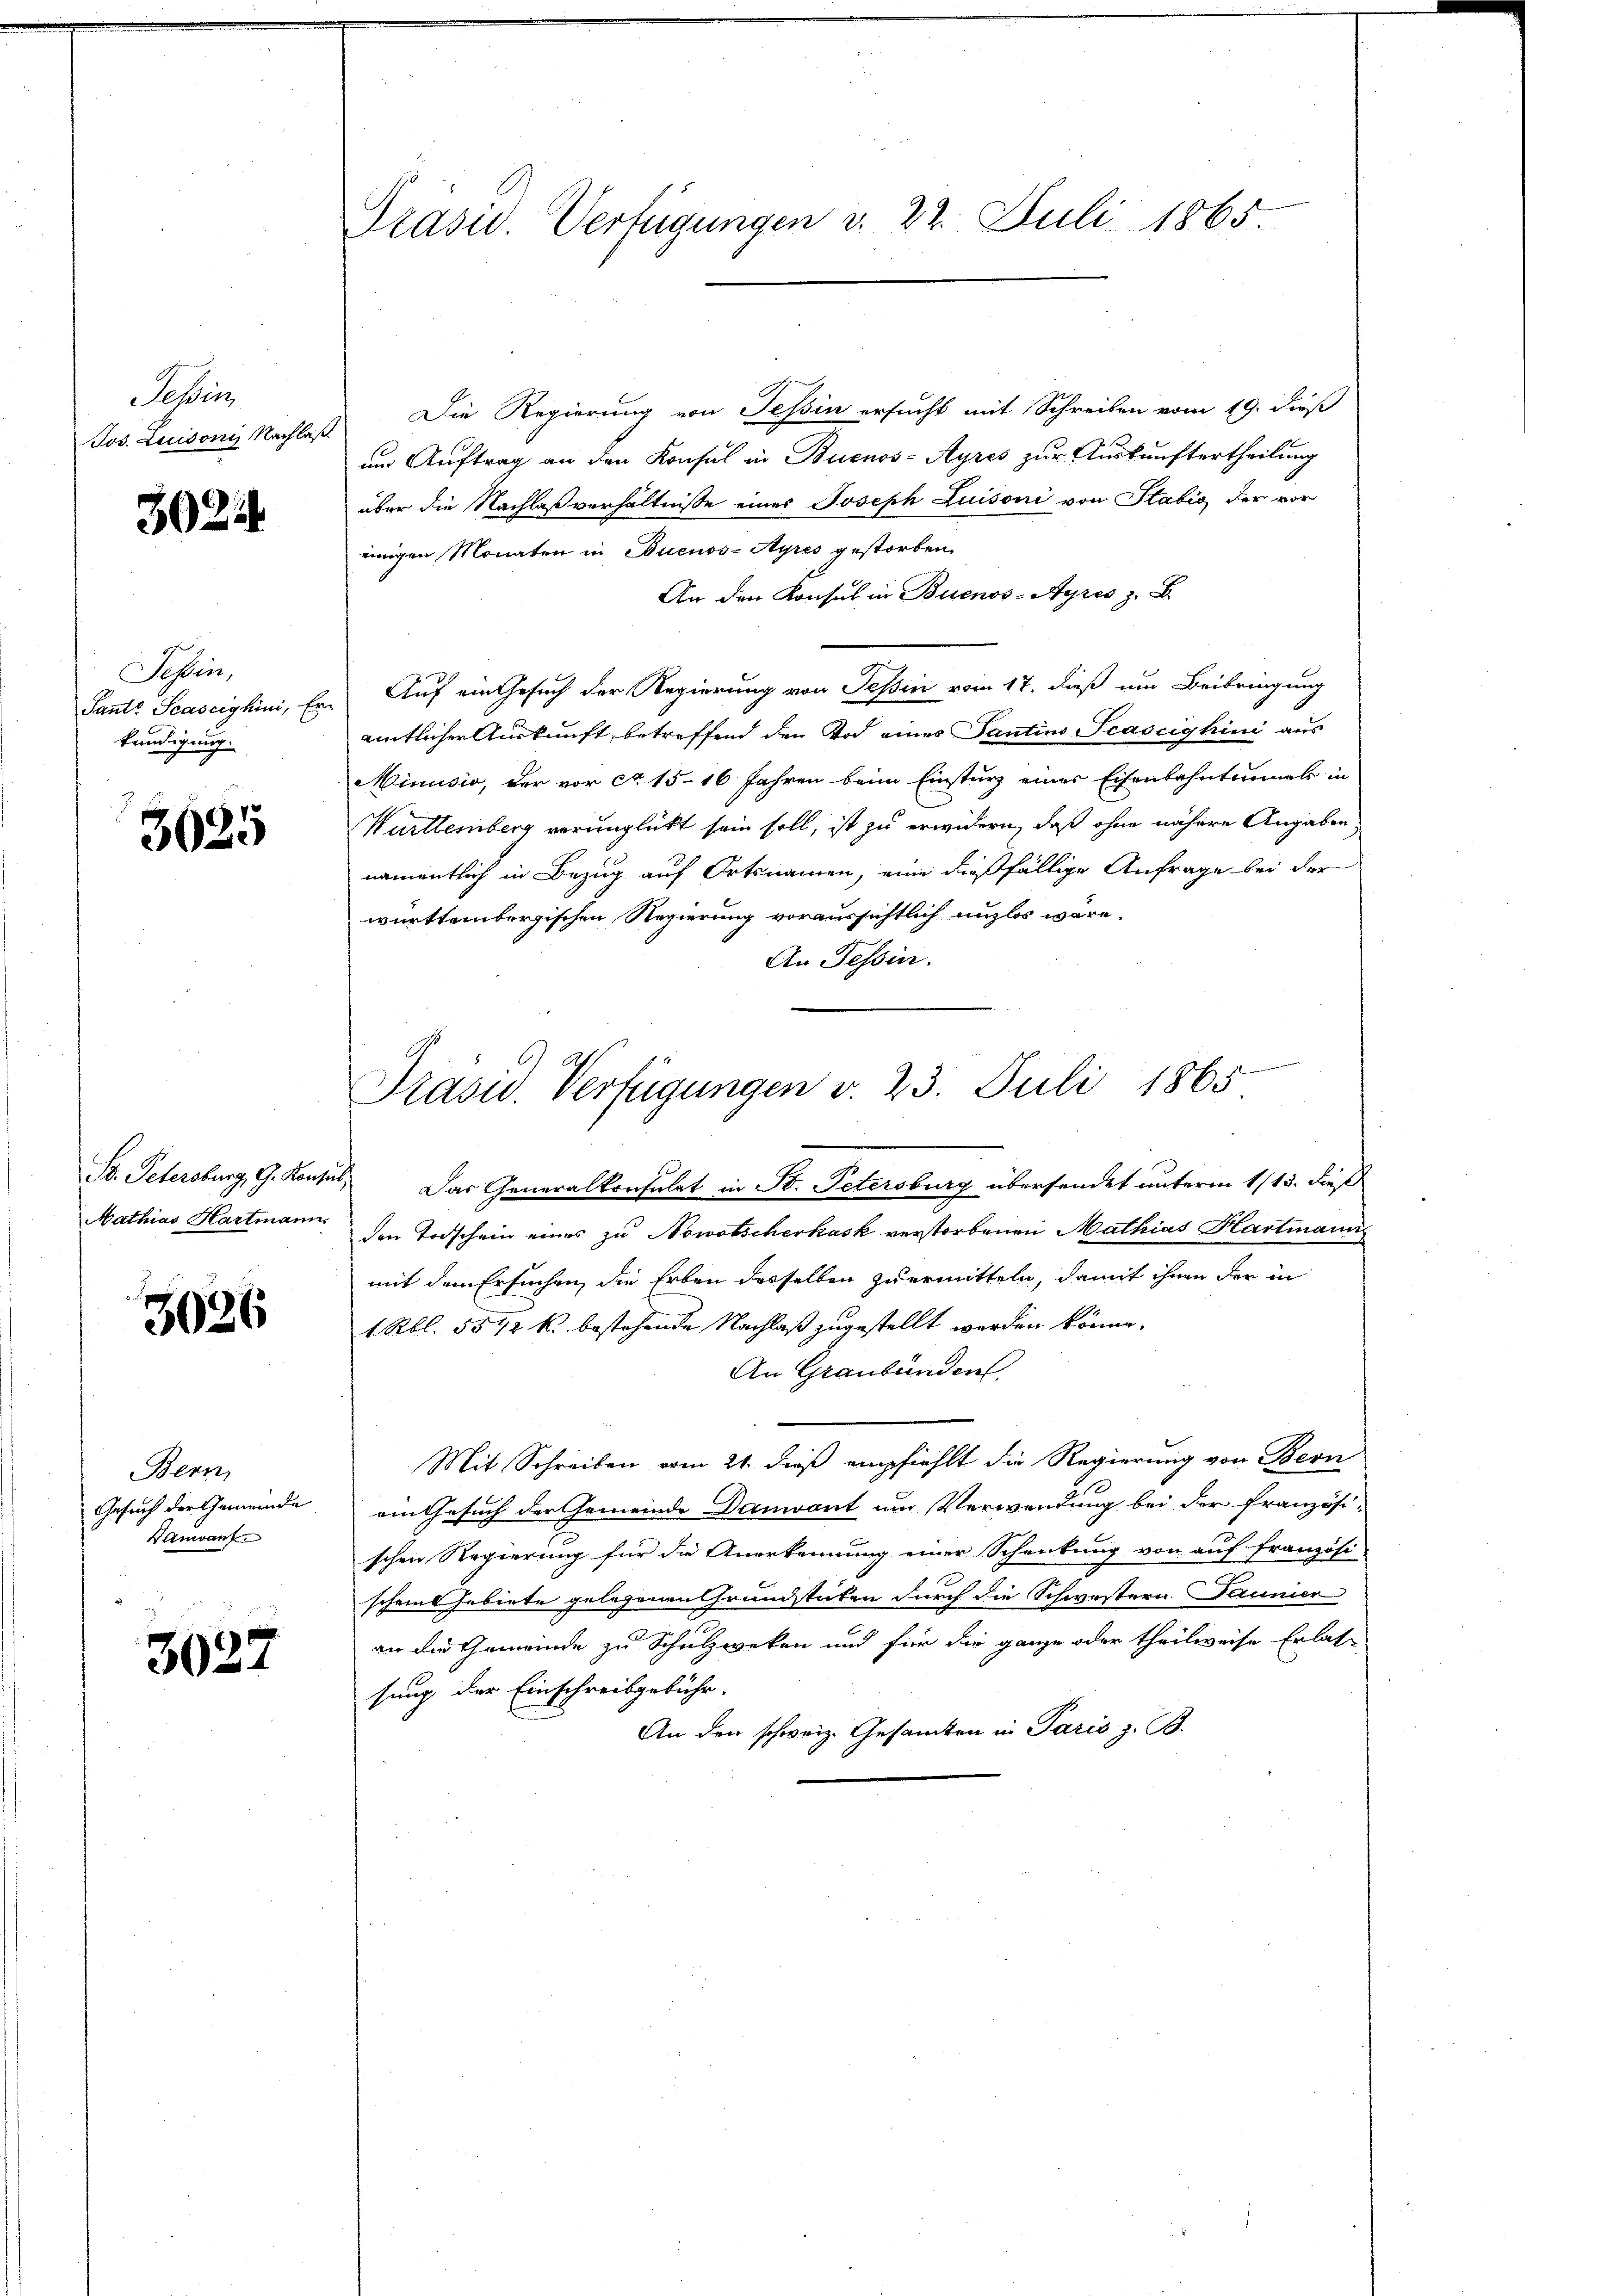
Tessin

3024

Tessin,
kündigung.

3625

3026

Bern
Vandant.

3022

Präsid. Verfügungen v. 22. Juli 1865.

Jos. Luisonis Nachlaß die Regierung von Tessin ersucht mit Schreiben vom 19. dieß
um Auftrag an den Konsul in Buenos-Ayres zur Auskunftertheilung
über die Nachlaßverhältnisse eines Joseph Luisoni von Stabis der vor
einigen Monaten in Buenos-Ayres gestorben.
An den Konsul in Buenos-Ayres z. B
Sant. Scascighini, Er. Auf ein Gesuch der Regierung von Tessin vom 17. dieß um Beibringung
amtlicher Auskunft, betreffend den Tod eines Tantins Scascighini aus
Minusio, der vor ca 15 16 Jahren beim Einsturz einer Eisenbahntermals in
Wurttemberg verunglückt sein soll, ist zu erwidern, daß ohne nähere Angaben,
namentlich in Bezug auf Ortsnamen, eine dießfällige Anfrage bei der
württembergischen Regierung voraussichtlich unzlos wäre.
An Tessin.
Präsid. Verfügungen v. 23. Juli 1865
St. Petersburg, G. Konsul, Das Generalkonsulat in St. Petersburg übersendet unterm 1/13. dieß
Mathias Hartmann den Todschein eines zu Nowotscherhask verstorbenen Mathias Hartmann
mit dem Ersuchen, die Erben desselben zu ermitteln, damit ihnen der in
1 Rbl. 5542 k. bestehende Nachlaß zugestellt werden könne.
An Graubünden
Mit Schreiben vom 21. dieß empfiehlt die Regierung von Bern
Gesuch der Gemeinde, ein Gesuch der Gemeinde Danant um Verwendung bei der französi-
schen Regierung für die Anerkennung einer Schenkung von auf Französi-
scheint habirte gelegenen Grundstücken durch die Schwestern Jaunier
an die Gemeinde zu Schulzweken und für die ganze oder theilweise Erlas-
sung der Einschreibgebühr.
An den schweiz. Gesamten in Paris z. B.